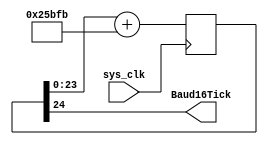
`timescale 1ns / 1ps
//////////////////////////////////////////////////////////////////////////////////
// Company: 
// Engineer: 
// 
// Design Name: 
// Module Name:    Baud16Gen 
// Project Name: 
// Target Devices: 
// Tool versions: 
// Description: 
//
// Dependencies: 
//
// Revision: 
// Revision 0.01 - File Created
// Additional Comments: 
//
//////////////////////////////////////////////////////////////////////////////////
module Baud16Gen(
    input sys_clk, //200MHZ
    output Baud16Tick     //~115200*16
    );
	 reg [24:0] count=0;
	 
	 // 200e6/115200 ~ 2**28/154619
	 // 27e6/115200 ~ 2**19/2237
	 
	 always @(posedge sys_clk)
	 begin
		count <= count[23:0] + 154619;
	 end
	
	 assign Baud16Tick = count[24];

endmodule